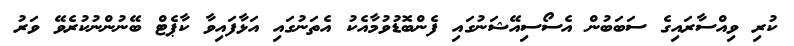
ކުރި ވިއްސާރައިގެ ސަބަބުން އެސޯސިއޭޝަނުގައި ފެންބޮޑުވުމާއެކު އެތަނުގައި އަޅާފައިވާ ކާޕެޓް ބޭނުންނުކުރެވޭ ވަރު